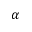
\alpha